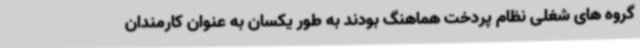
گروه های شغلی نظام پردخت هماهنگ بودند به طور یکسان به عنوان کارمندان